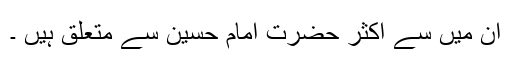
ان میں سے اکثر حضرت امام حسین ؑسے متعلق ہیں ۔